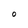
Character: O